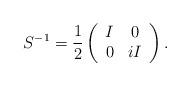
LaTeX: \begin{align*}S^{-1} = \frac{1}{2} \left( \begin{array}{cc} I & 0 \\ 0 & iI \end{array} \right) .\end{align*}